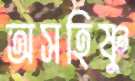
অসহিষ্ণু